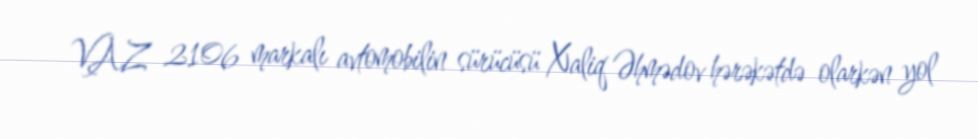
VAZ 2106 markalı avtomobilin sürücüsü Xaliq Əhmədov hərəkətdə olarkən yol